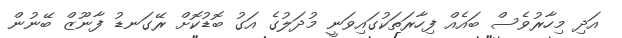
އަދި މިހާރުވެސް ބައެއް ފިހާރަތަކުގައިވަނީ މުދަލުގެ އަގު ބޮޑުކޮށް ރޭގަނޑު ފާނޫޒް ބޭނުން